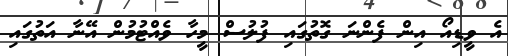
އެ ވީޑިއޯ އިން ފެންނަ ގޮތުގައި ފުލުސް މީހާ ވެއްޓުމުން އޭނާ އަތުގައި